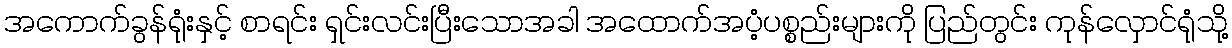
အကောက်ခွန်ရုံးနှင့် စာရင်း ရှင်းလင်းပြီးသောအခါ အထောက်အပံ့ပစ္စည်းများကို ပြည်တွင်း ကုန်လှောင်ရုံသို့